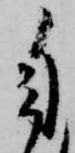
自